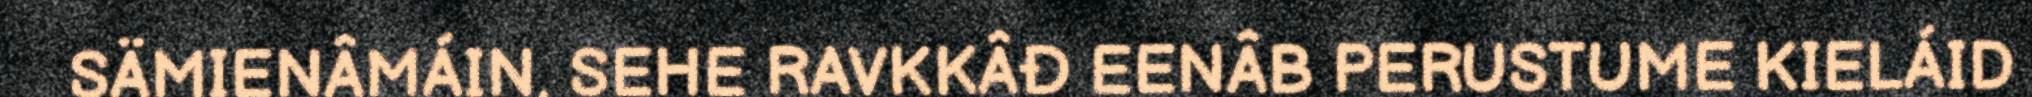
SÄMIENÂMÁIN, SEHE RAVKKÂĐ EENÂB PERUSTUME KIELÁID